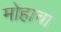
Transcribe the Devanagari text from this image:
मोहाचा